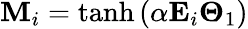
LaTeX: \mathbf{M}_{i}=\operatorname{tanh}\left(\alpha\mathbf{E}_{i}\mathbf\Theta_{1}\right)